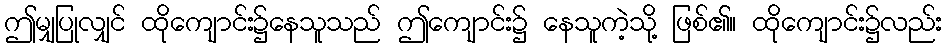
ဤမျှပြုလျှင် ထိုကျောင်း၌နေသူသည် ဤကျောင်း၌ နေသူကဲ့သို့ ဖြစ်၏။ ထိုကျောင်း၌လည်း